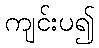
ကျင်းပ၍